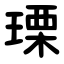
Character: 瑮